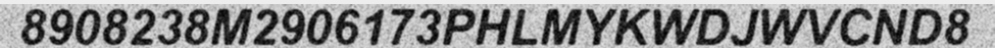
8908238M2906173PHLMYKWDJWVCND8